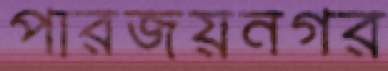
পারজয়নগর